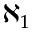
\aleph _ { 1 }